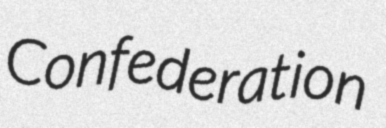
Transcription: Confederation